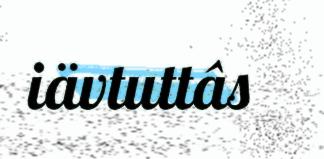
iävtuttâs